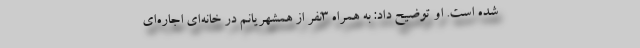
شده است. او توضیح داد: به همراه ۳نفر از همشهریانم در خانه‌ای اجاره‌ای